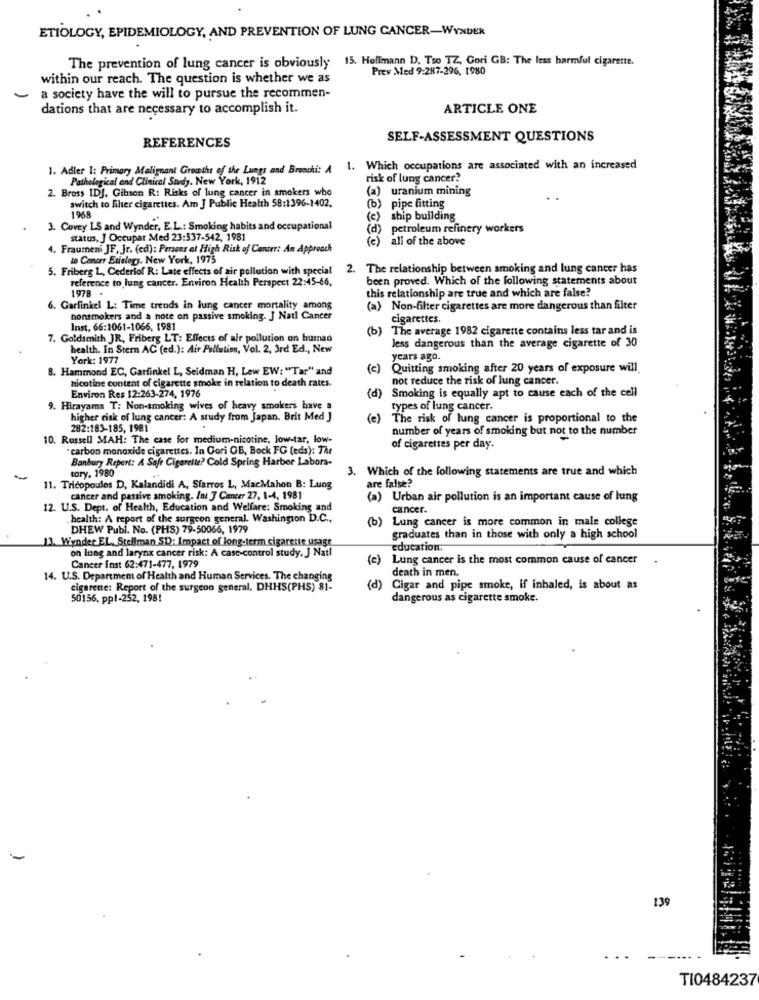
ETIOLOGY, EPIDEMIOLOGY, AND PREVENTION OF LUNG CANCER-WYNDER
The prevention of lung cancer is obviously 15. Hoffmann D. Tso TZ, Gori GB: The less harmful cigarette.
Prev Med 9:287-296, 1980
within our reach. The question is whether we as
a society have the will to pursue the recommen-
dations that are necessary to accomplish it.
ARTICLE ONE
SELF-ASSESSMENT QUESTIONS
REFERENCES
1. Adler I: Primary Malignant Growth of the Lungs and Branchi: A 1. Which occupations are associated with an increased
Pathological and Clinical Study. New York, 1912
risk of lung cancer?
2. Bross IDJ, Gibson R: Risks of lung cancer in smokers who
(a) uranium mining
switch to filter cigarettes. Am J Public Health 58:1396-1402.
(b) pipe fitting
1968
(e) ship building
3. Covey LS and Wynder, E.L .: Smoking habits and occupational
(d) petroleum refinery workers
status, J Occupar Med 23:337-542, 1981
(c) all of the above
4. Fraumeni JF, Jr. (ed): Persens et High Risk of Cancer: An Approach
to Cancer Etiology. New York, 1975
5. Friberg L, Cederlof R: Late effects of air pollution with special
2. The relationship between smoking and lung cancer has
reference to lung cancer. Environ Health Perspect 22:45-66,
been proved. Which of the following statements about
1978 .
this relationship are true and which are false?
6. Garfinkel L: Time trends in lung cancer mortality among
(a) Non-filter cigarettes are more dangerous than filter
nonsmokers and a note on passive smoking. J Natl Cancer
cigarettes.
Inst. 66:1061-1066. 1981
(b) The average 1982 cigarette contains less tar and is
7. Goldsmith JR, Friberg LT: Effects of air pollution on human
health. In Stern AC (ed.): Air Pollution, Vol. 2, 3rd Ed ., New
Jess dangerous than the average cigarette of 30
York: 1977
years ago.
8. Hammond EC, Garfinkel L, Seidman H, Lew EW: "Tar" and
(c)
Quitting smoking after 20 years of exposure will.
nicotine content of cigarette smoke in relation to death rates.
not reduce the risk of lung cancer.
(d)
Smoking is equally apt to cause each of the cell
Environ Res 12:263-274, 1976
9. Hirayama T: Non-smoking wives of heavy smokers have a
types of lung cancer.
higher risk of lung cancer: A study from Japan. Brit Med ]
(e)
The risk of lung cancer is proportional to the
282:183-185, 1981
number of years of smoking but not to the number
10. Russell MAH: The case for medium-nicotine, low-tar, low-
" carbon monoxide cigarettes. In Gori GB, Bock FG (eds): The
of cigarettes per day.
Banbury Report: A Safe Cigarette? Cold Spring Harbor Labors-
tory. 1980
3. Which of the following statements are true and which
-
11. Tricopoules D, Kalandidi A. Sfarros L, MacMahon B: Lung
are false?
cancer and passive smoking. Int 7 Cancer 27, 1-4, 1981
(a) Urban air pollution is an important cause of lung
12. U.S. Dept. of Health, Education and Welfare: Smoking and
cancer.
health: A report of the surgeon general. Washington D.C .,
(b) Lung cancer is more common in male college
DHEW Publ. No. (PHS) 79-50066, 1979
13. Wynder EL. Stellman,SD: Impact of long-term cigarette usage
graduates than in those with only a high school
on lung and larynx cancer risk: A case-control study, J Natl
education.
(c) Lung cancer is the most common cause of cancer
Cancer Inst 62:471-477, 1979
(P)
death in men.
14. U.S. Department of Health and Human Services. The changing
cigarette: Report of the surgeon general. DHHS(PHS) 81-
Cigar and pipe smoke, if inhaled, is about as
50156, pp !- 252, 198!
dangerous as cigarette smoke.
139
TI0484237